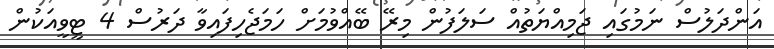
އަންދަލުސް ނަމުގައި ޖަމިއްޔަތުއް ސަލަފުން މިރޭ ބޭއްވުމަށް ހަމަޖެހިފައިވާ ދަރުސް 4 ޓީވީއަކުން